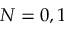
N = 0 , 1